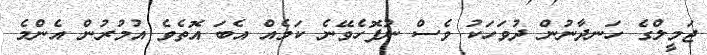
ޖަމީލްގެ ހަނދާނުން ދުވަހަކު ވެސް ނުފޮހެވޭނެ ކަމެއް އެބަ އޮތެވެ އުމުރުން އެންމެ